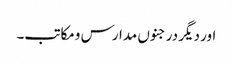
اور دیگر درجنوں مدارس ومکاتب۔